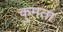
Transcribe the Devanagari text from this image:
कुमता